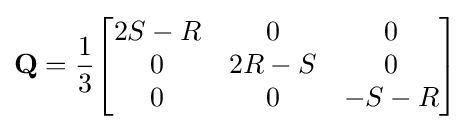
\mathbf {Q} ={\frac {1}{3}}{\begin{bmatrix}2S-R&0&0\\0&2R-S&0\\0&0&-S-R\\\end{bmatrix}}